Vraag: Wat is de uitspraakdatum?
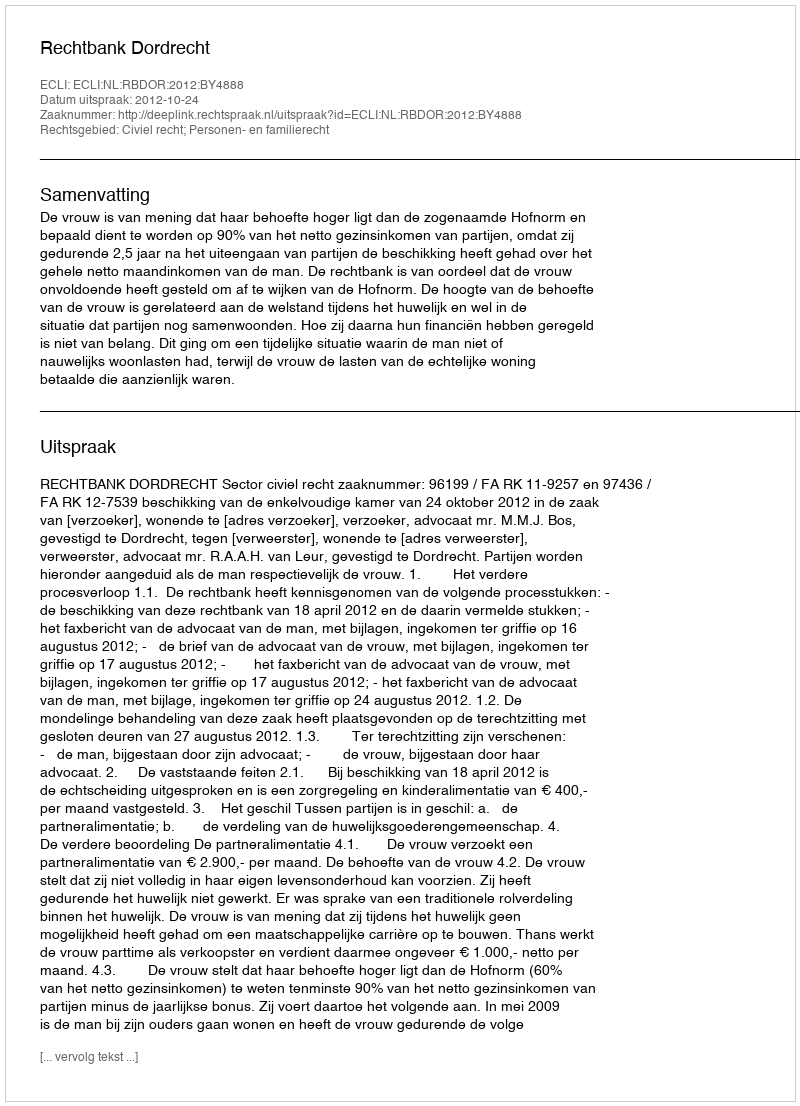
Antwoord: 2012-10-24